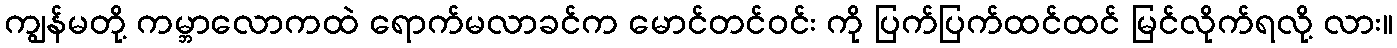
ကျွန်မတို့ ကမ္ဘာလောကထဲ ရောက်မလာခင်က မောင်တင်ဝင်း ကို ပြက်ပြက်ထင်ထင် မြင်လိုက်ရလို့ လား။